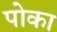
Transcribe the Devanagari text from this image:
पोका